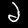
Digit: 2